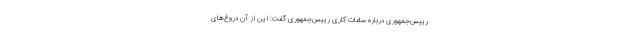
رییس‌جمهوری درباره ساعات کاری رییس‌جمهوری گفت: این از آن دروغ‌های